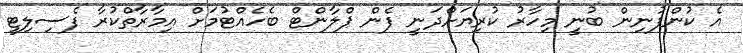
އެ ކުންފުނިން ބުނީ މިހާރު ކުރިޔަށްދަނީ ފެން ޕްލާންޓް ބެހެއްޓުމަށް އިމާރާތްކުރާ ފެސިލިޓީ